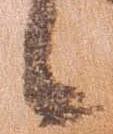
候